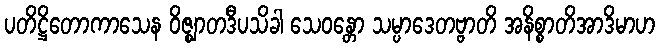
ပတိဋ္ဌိတောကာသေန ဝိဇ္ဈာတဒီပသိခါ သေဝန္တော သမ္ပာဒေတဗ္ဗာတိ အနိစ္စာတိအာဒိမာဟ